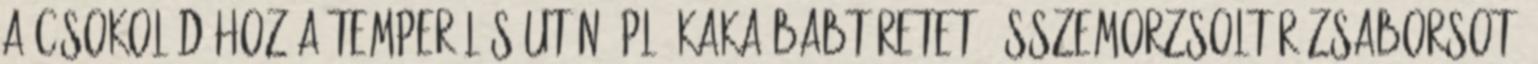
a csokoládéhoz a temperálás után: pl. kakaóbabtöretet, összemorzsolt rózsaborsot,